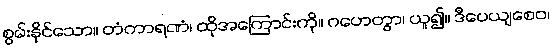
စွမ်းနိုင်သော။ တံကာရဏံ၊ ထိုအကြောင်းကို။ ဂဟေတွာ၊ ယူ၍။ ဒီပေယျစေဝ၊